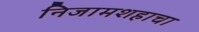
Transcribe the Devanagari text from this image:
निजामशहाचा